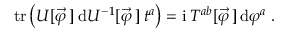
\mathrm { t r } \left( U [ \vec { \varphi } \, ] \: \mathrm { d } U ^ { - 1 } [ \vec { \varphi } \, ] \: t ^ { a } \right) = \mathrm { i } \: T ^ { a b } [ \vec { \varphi } \, ] \, \mathrm { d } \varphi ^ { a } \; .